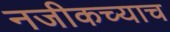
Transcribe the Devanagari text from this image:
नजीकच्याच